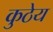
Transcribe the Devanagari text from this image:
कुठेय